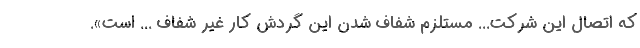
كه اتصال اين شركت... مستلزم شفاف شدن اين گردش كار غير شفاف ... است».